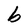
Character: b